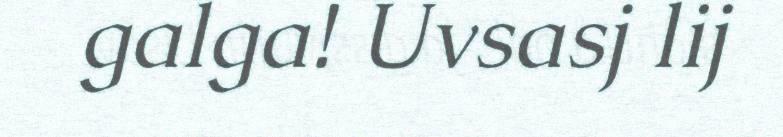
galga! Uvsasj lij